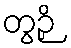
တွဉှိ